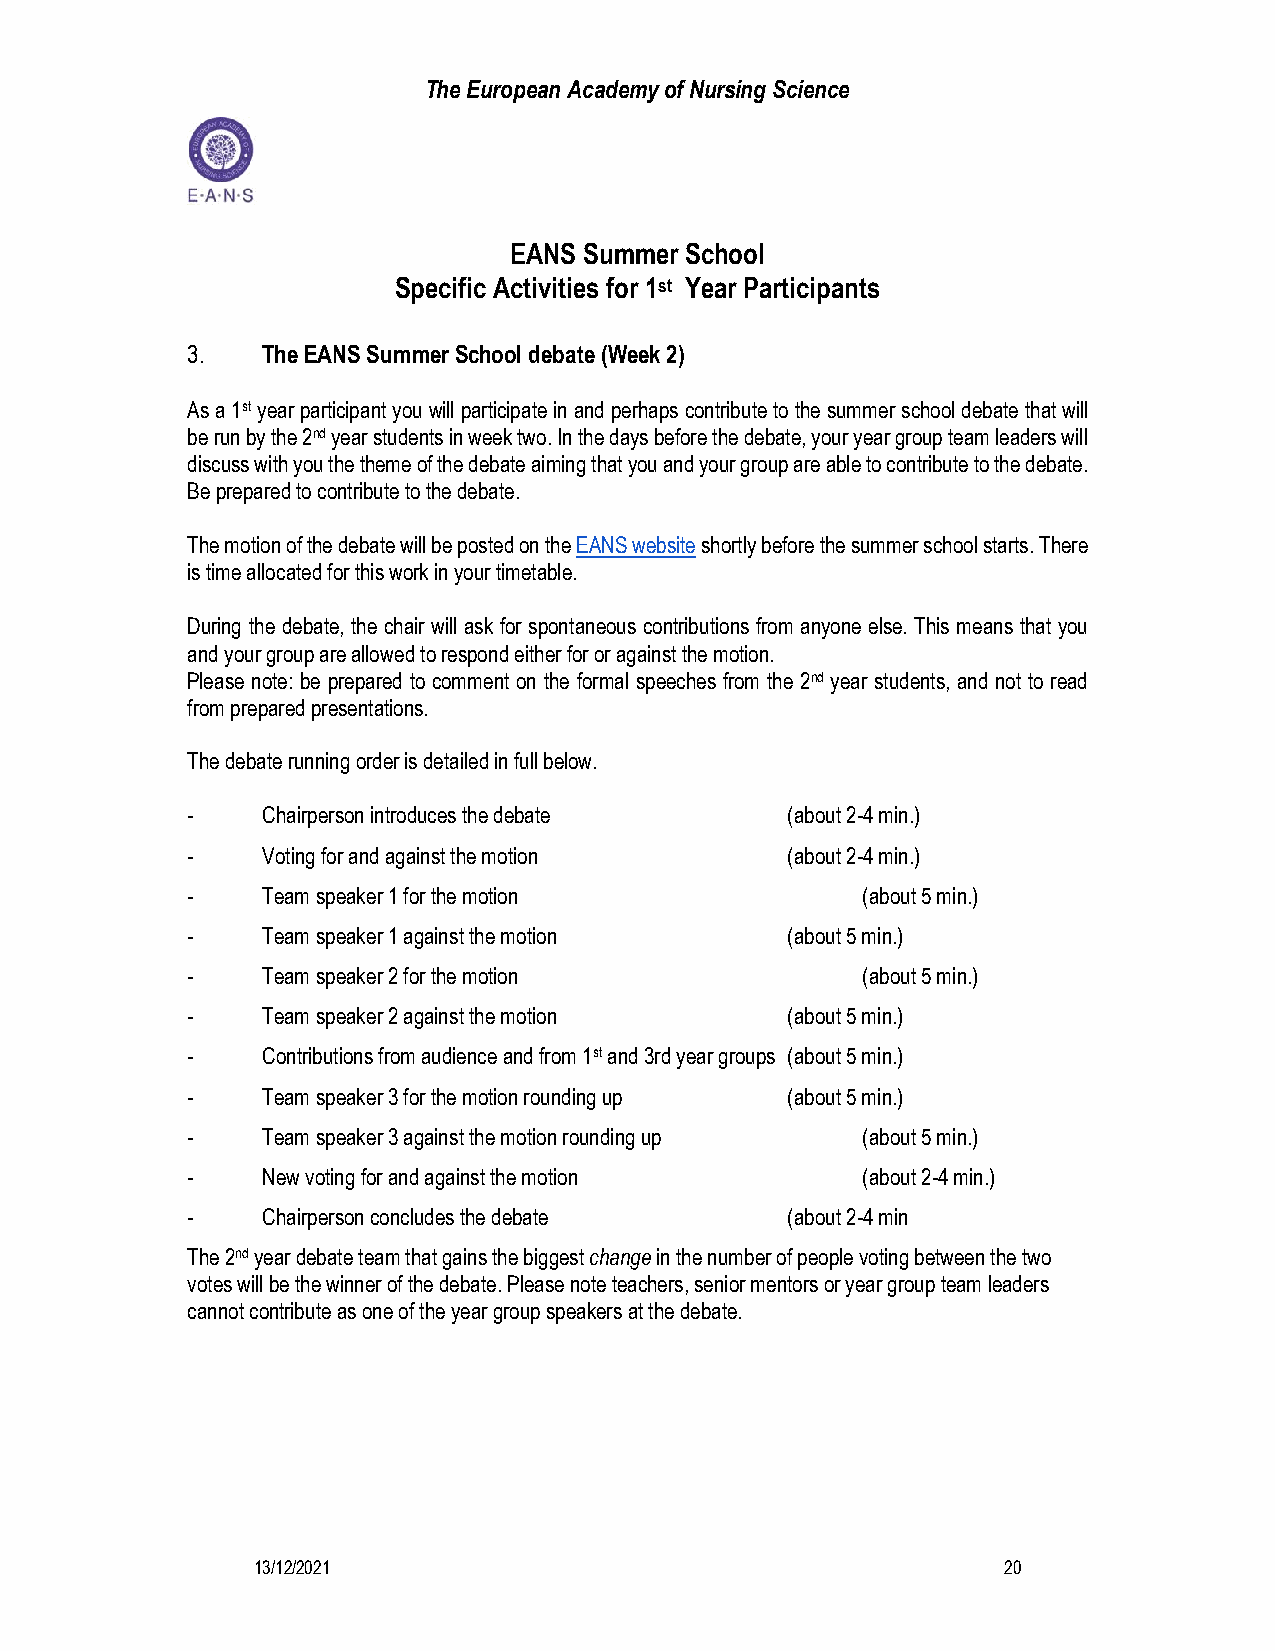
The European Academy of Nursing Science
 EANS Summer School
 Specific Activities for 1st Year Participants
 3.   The EANS Summer School debate (Week 2)
 As a 1st year participant you will participate in and perhaps contribute to the summer school debate that will
 be run by the 2nd year students in week two. In the days before the debate, your year group team leaders will
 discuss with you the theme of the debate aiming that you and your group are able to contribute to the debate.
 Be prepared to contribute to the debate.
 The motion of the debate will be posted on the EANS website shortly before the summer school starts. There
 is time allocated for this work in your timetable.
 During the debate, the chair will ask for spontaneous contributions from anyone else. This means that you
 and your group are allowed to respond either for or against the motion.
 Please note: be prepared to comment on the formal speeches from the 2nd year students, and not to read
 from prepared presentations.
 The debate running order is detailed in full below.
 -    Chairperson introduces the debate  (about 2-4 min.)
 -    Voting for and against the motion  (about 2-4 min.)
 -    Team speaker 1 for the motion           (about 5 min.)
 -    Team speaker 1 against the motion  (about 5 min.)
 -    Team speaker 2 for the motion           (about 5 min.)
 -    Team speaker 2 against the motion  (about 5 min.)
 -    Contributions from audience and from 1st and 3rd year groups (about 5 min.)
 -    Team speaker 3 for the motion rounding up (about 5 min.)
 -    Team speaker 3 against the motion rounding up (about 5 min.)
 -    New voting for and against the motion   (about 2-4 min.)
 -    Chairperson concludes the debate   (about 2-4 min
 The 2nd year debate team that gains the biggest change in the number of people voting between the two
 votes will be the winner of the debate. Please note teachers, senior mentors or year group team leaders
 cannot contribute as one of the year group speakers at the debate.
 13/12/2021                                       20